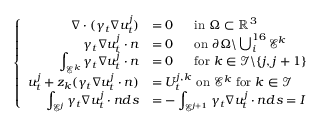
\left\{ \begin{array} { r l } { \displaystyle \nabla \cdot ( \gamma _ { t } \nabla u _ { t } ^ { j } ) } & { = 0 ~ ~ ~ ~ \mathrm { ~ i n ~ } \Omega \subset \mathbb { R } ^ { 3 } } \\ { \gamma _ { t } \nabla u _ { t } ^ { j } \cdot n } & { = 0 ~ ~ ~ ~ \mathrm { ~ o n ~ } \partial \Omega \backslash \bigcup _ { i } ^ { 1 6 } \mathcal E ^ { k } } \\ { \displaystyle \int _ { \mathcal E ^ { k } } \gamma _ { t } \nabla u _ { t } ^ { j } \cdot n } & { = 0 ~ ~ ~ ~ \mathrm { ~ f o r ~ } k \in \mathcal I \backslash \{ j , j + 1 \} } \\ { \displaystyle u _ { t } ^ { j } + z _ { k } ( \gamma _ { t } \nabla u _ { t } ^ { j } \cdot n ) } & { = U _ { t } ^ { j , k } \mathrm { ~ o n ~ } \mathcal E ^ { k } \mathrm { ~ f o r ~ } k \in \mathcal I } \\ { \displaystyle \int _ { \mathcal E ^ { j } } \gamma _ { t } \nabla u _ { t } ^ { j } \cdot n d s } & { = - \displaystyle \int _ { \mathcal E ^ { j + 1 } } \gamma _ { t } \nabla u _ { t } ^ { j } \cdot n d s = I } \end{array} \right.